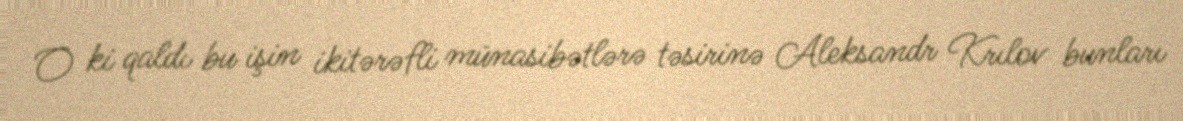
O ki qaldı bu işin ikitərəfli münasibətlərə təsirinə Aleksandr Krılov bunları